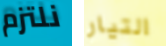
نلتزم التيار